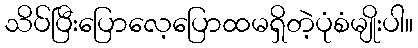
သိပ်ပြီးပြောလေ့ပြောထမရှိတဲ့ပုံစံမျိုးပါ။